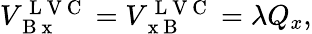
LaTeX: \begin{array}{r}{V_{\mathrm{~B~x~}}^{\mathrm{~L~V~C~}}=V_{\mathrm{~x~B~}}^{\mathrm{~L~V~C~}}=\lambda Q_{x},}\end{array}